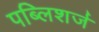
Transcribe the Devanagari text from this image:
पब्लिशर्ज